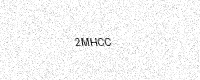
Text: 2MHCC